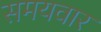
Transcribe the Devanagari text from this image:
समयवार